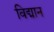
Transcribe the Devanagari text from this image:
विद्मान